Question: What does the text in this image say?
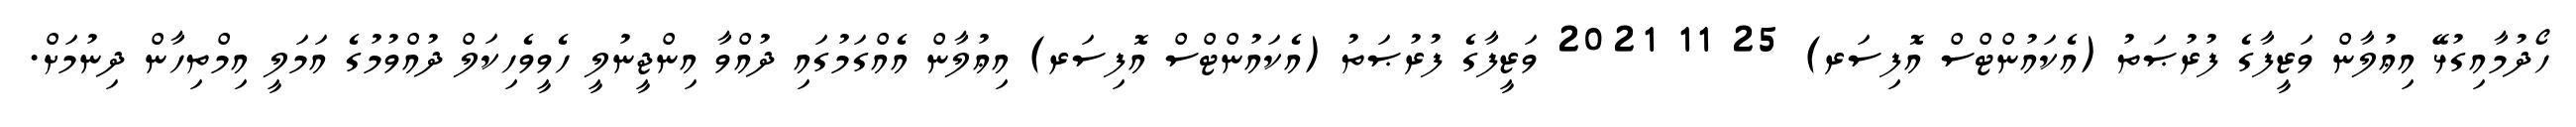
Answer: ހޯދުމާއިގުޅޭ އިޢުލާން ވަޒީފާގެ ފުރުޞަތު (އެކައުންޓްސް އޮފިސަރ) 25 11 2021 ވަޒީފާގެ ފުރުޞަތު (އެކައުންޓްސް އޮފިސަރ) އިޢުލާން އެއްގަމުގައި ދުއްވާ އިންޖީނުލީ ހެވީވެހިކަލް ދުއްވުމުގެ އަމަލީ އިމްތިހާން ދިނުމަށް.